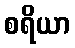
စရိယာ